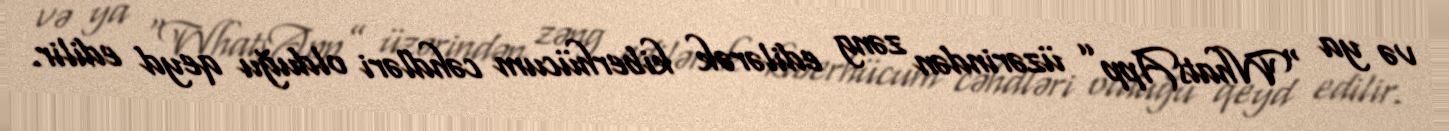
və ya “WhatsApp” üzərindən zəng edilərək kiberhücum cəhdləri olduğu qeyd edilir.